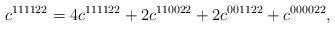
LaTeX: \begin{align*}c^{111122}=4c^{111122}+2c^{110022}+2c^{001122}+c^{000022},\end{align*}